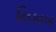
નિકાબ